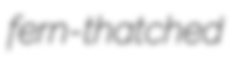
fern-thatched